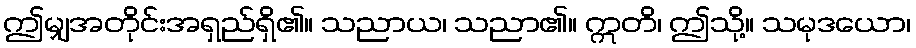
ဤမျှအတိုင်းအရှည်ရှိ၏။ သညာယ၊ သညာ၏။ ဣတိ၊ ဤသို့။ သမုဒယော၊